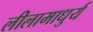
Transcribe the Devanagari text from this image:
लीलामाधुर्य